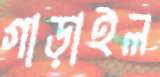
গাড়াইল